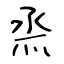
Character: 烝